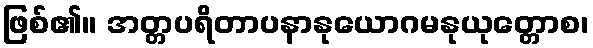
ဖြစ်၏။ အတ္တပရိတာပနာနုယောဂမနုယုတ္တောစ၊